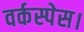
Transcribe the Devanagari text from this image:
वर्कस्पेस।